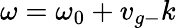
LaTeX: \omega=\omega_{0}+v_{g-}k